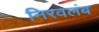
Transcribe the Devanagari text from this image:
निरवलंब